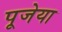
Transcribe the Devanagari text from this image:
पूजेया